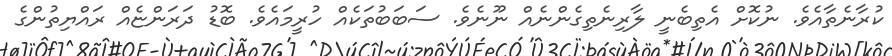
ކުރާނެތާއެވެ. ނުކޮށް އެތިބެނީ ލާރިނެތިގެންނެއް ނޫނެވެ. ސަބަބުތަކެއް ހުރީމައެވެ. ބޮޑު ދަރަންޏެއް ރައްޔިތުންގެ